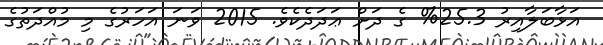
އަޅާބަލާއިރު 25.3% ގެ ދަށް ޢަދަދެކެވެ. 2015 ވަނަ އަހަރުގެ މި މުއްދަތުގެ